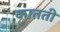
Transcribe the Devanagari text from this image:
कातती